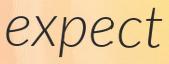
expect